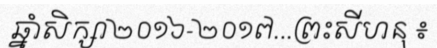
ឆ្នាំសិក្សា២០១៦-២០១៧...ព្រះសីហនុ ៖